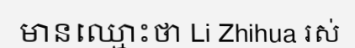
មានឈ្មោះថា Li Zhihua រស់